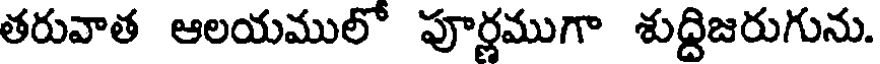
తరువాత ఆలయములో పూర్ణముగా శుద్దిజరుగును.